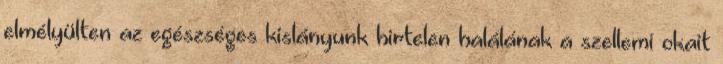
elmélyülten az egészséges kislányunk hirtelen halálának a szellemi okait